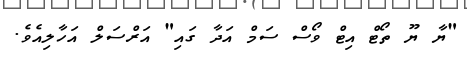
"ޔާ ޔޫ ތޯޓް އިޓް ވޯސް ސަމް އަދާ ގައި" އަރްސަލް އަހާލިއެވެ.